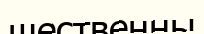
щественны